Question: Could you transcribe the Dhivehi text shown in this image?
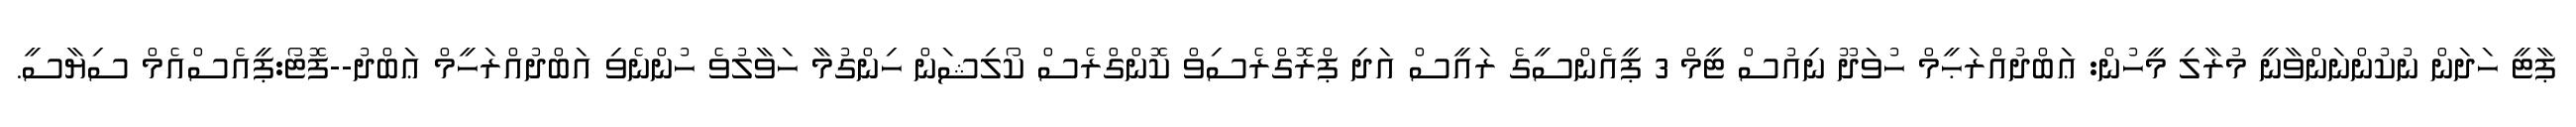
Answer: ޕާޓީ ހަދަން ނުކުންނަންވާނީ މުރާލި މީހުން: ޢަބްދުއްރަޙީމް ހުވަދޫ ނިއުސް ޓީމް 3 ޕީއެންސީގެ ރައީސް އަދި ޕްރޮގްރެސިވް ކޮންގްރެސް ކޯލިޝަން ހިންގުމާ ހަވާލުވެ ހުންނެވި އަބްދުއްރަހީމް ޢަބްދު--ފޮޓޯ:ޕީއެސްއެމް ސިޔާސީ.